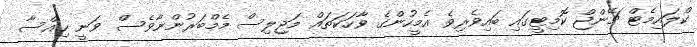
ކްލައިމެޓް ޗޭންޖް ކޮމިޓީގައި ބައިވެރިވެ އެމީހުންގެ ވާހަކަތައް މަޖިލިސް މެމްބަރުންނާވެސް ވަނީ ހިއްސާ